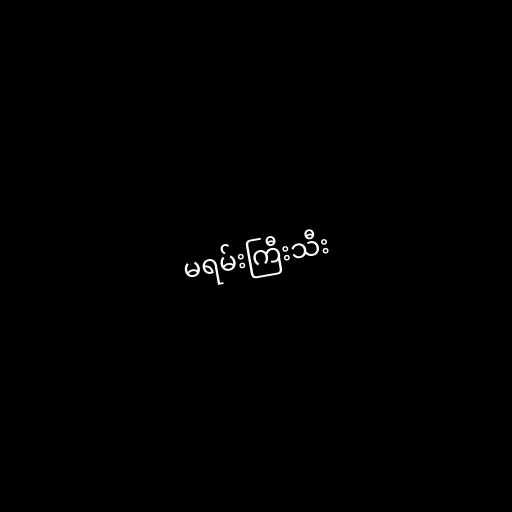
မရမ်းကြီးသီး